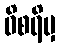
ဝိစရိမှ